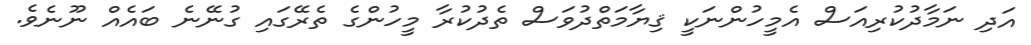
އަދި ނަމާދުކުރިއަސް އެމީހުންނަކީ ޤިޔާމަތްދުވަސް ތެދުކުރާ މީހުންގެ ތެރޭގައި ގުނޭނެ ބައެއް ނޫނެވެ.